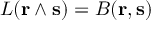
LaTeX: L ( \mathbf { r } \wedge \mathbf { s } ) = B ( \mathbf { r } , \mathbf { s } )